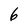
Character: 6